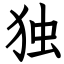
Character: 独